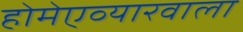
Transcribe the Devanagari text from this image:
होमेएव्‍यारवाला